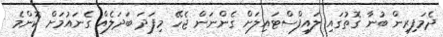
ދެމަފިރިން ބުނާ ގޮތުގައި ލައިފްސްޓައިލަށް ގެންނަން ޖެހޭ މިފަދަ ބަދަލެއް ގެނައުމަށް ކޮންމެ